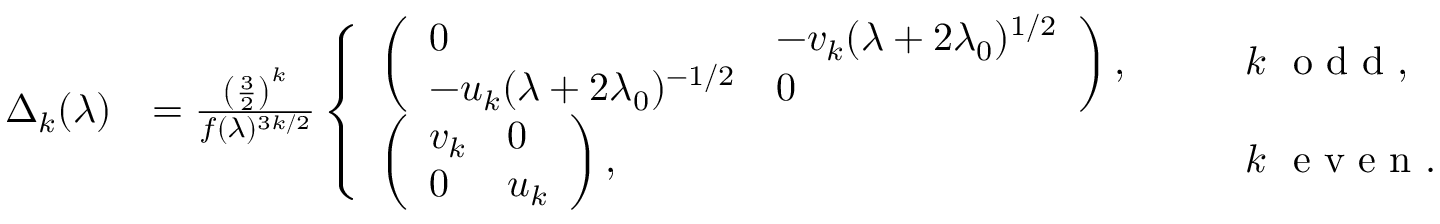
\begin{array} { r l } { \Delta _ { k } ( \lambda ) } & { = \frac { \left( \frac { 3 } { 2 } \right) ^ { k } } { f ( \lambda ) ^ { 3 k / 2 } } \left\{ \begin{array} { l l } { \left( \begin{array} { l l } { 0 } & { - v _ { k } ( \lambda + 2 \lambda _ { 0 } ) ^ { 1 / 2 } } \\ { - u _ { k } ( \lambda + 2 \lambda _ { 0 } ) ^ { - 1 / 2 } } & { 0 } \end{array} \right) , } & { \qquad k \, \, \textrm { o d d } , } \\ { \left( \begin{array} { l l } { v _ { k } } & { 0 } \\ { 0 } & { u _ { k } } \end{array} \right) , } & { \qquad k \, \, \textrm { e v e n } . } \end{array} \right. } \end{array}